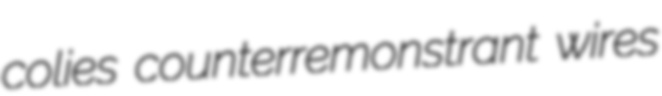
colies counterremonstrant wires